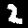
Label: 2